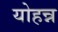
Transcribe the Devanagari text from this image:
योहन्न